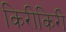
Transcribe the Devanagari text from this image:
किरीकिरी